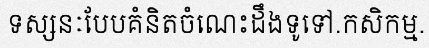
ទស្សនៈបែបគំនិតចំណេះដឹងទូទៅ.កសិកម្ម.